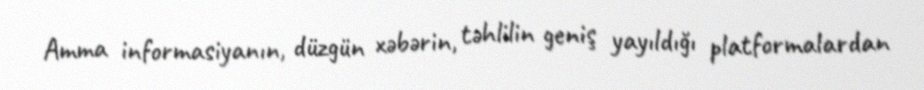
Amma informasiyanın, düzgün xəbərin, təhlilin geniş yayıldığı platformalardan